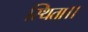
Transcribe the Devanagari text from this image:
स्थिता।।